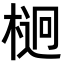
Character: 𣔲